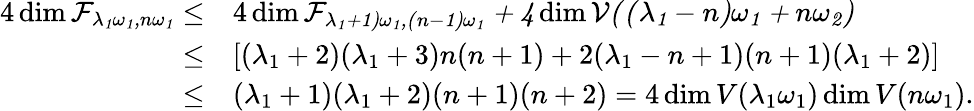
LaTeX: \begin{array}{rl}{4\dim\cal F_{\lambda_{1}\omega_{1},n\omega_{1}}\leq}&{4\dim\cal F_{\lambda_{1}+1)\omega_{1},(n-1)\omega_{1}}+4\dim V((\lambda_{1}-n)\omega_{1}+n\omega_{2})}\\ {\leq}&{[(\lambda_{1}+2)(\lambda_{1}+3)n(n+1)+2(\lambda_{1}-n+1)(n+1)(\lambda_{1}+2)]}\\ {\leq}&{(\lambda_{1}+1)(\lambda_{1}+2)(n+1)(n+2)=4\dim V(\lambda_{1}\omega_{1})\dim V(n\omega_{1}).}\end{array}